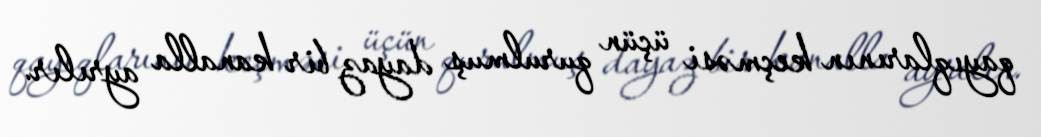
qayıqlarının keçməsi üçün qurulmuş dayaz bir kanalla ayrılır.